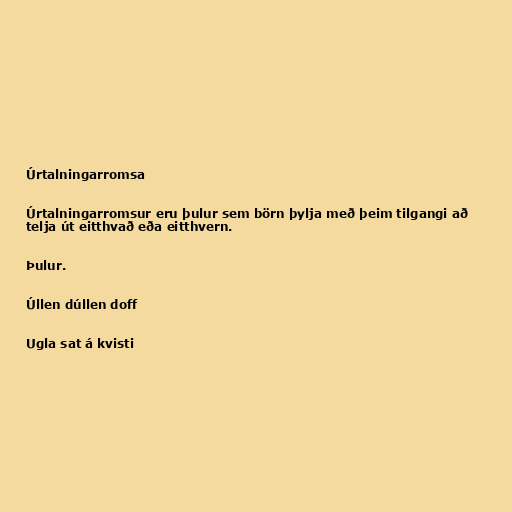
Úrtalningarromsa

Úrtalningarromsur eru þulur sem börn þylja með þeim tilgangi að
telja út eitthvað eða eitthvern.

Þulur.

Úllen dúllen doff

Ugla sat á kvisti